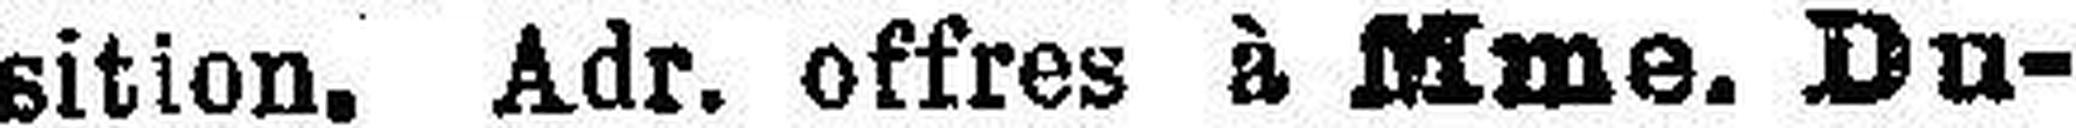
sition. Adr. offres à Mme. Du¬